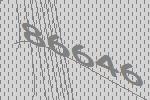
86646